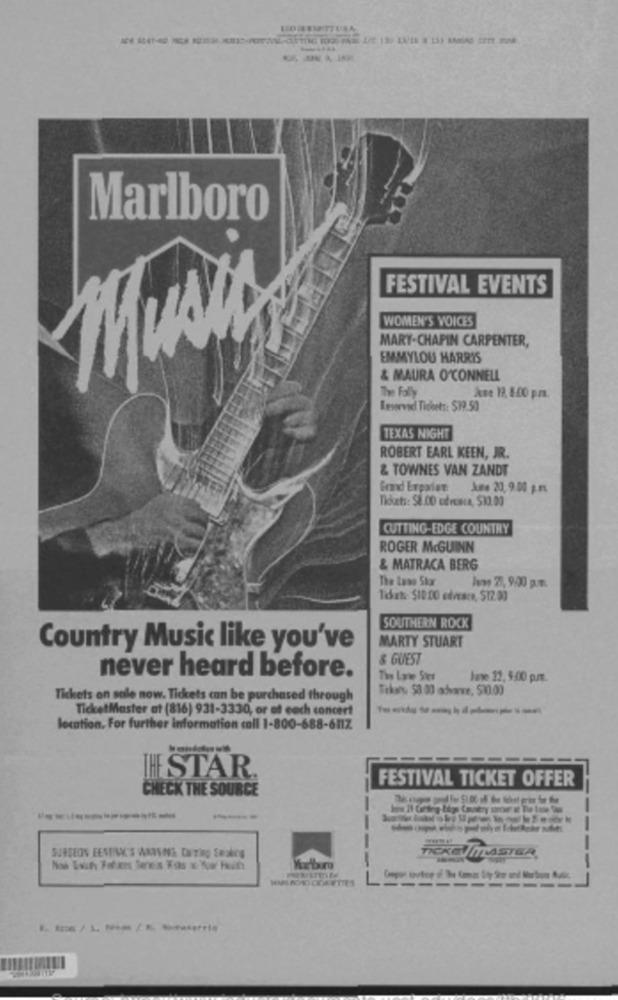
Marlboro
FESTIVAL EVENTS
WOMEN'S VOICES
MARY-CHAPIN CARPENTER,
EMMYLOU HARRIS
& MAURA O'CONNELL
The Faly
Две 1. 1:00 p.л.
Leservad Ticoets: $19.50
TEXAS NIGHT
ROBERT EARL KEEN, JR.
& TOWNES VAN ZANDT
Grand Erparlat: June 20, 9.00 p.m.
Tkdoets: $8.00 cdrcoca, $1.03
CUTTING-EDGE COUNTRY
ROGER McGUINN
& MATRACA BERG
The Laws Skor
SOUTHERN ROCK
MARTY STUART
Country Music like you've
& GUEST
never heard before.
The Lawe Ster
low 22, 3:00 р.л.
Trhwy, 58 00 advanve, $10.00
Tickets on sale now. Tickets can be purchased through
TicketMaster at (816) 931-3330, or of each concert
location. For further information call 1-800-688-611Z
THE STAR
FESTIVAL TICKET OFFER
CHECK THE SOURCE
-
--
-
SUNSEON EESENI'S WADYWA CHTIng Smoking
TICKEN ITLASTER,
-----
-
----------